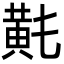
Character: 𪎴